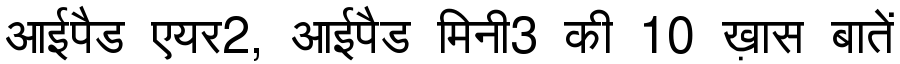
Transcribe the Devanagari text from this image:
आईपैड एयर2, आईपैड मिनी3 की 10 ख़ास बातें